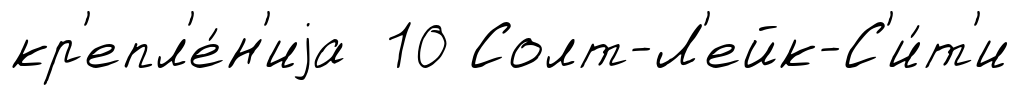
кр'епл'е́н'иjа 10 Солт-Л'ейк-С'и́т'и